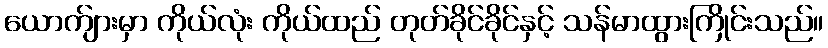
ယောက်ျားမှာ ကိုယ်လုံး ကိုယ်ထည် တုတ်ခိုင်ခိုင်နှင့် သန်မာထွားကြိုင်းသည်။